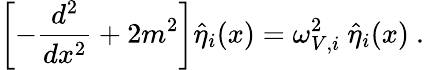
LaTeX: \left[-\frac{d^{2}}{dx^{2}}+2m^{2}\right]\hat{\eta}_{i}(x)=\omega_{V,i}^{2}~\hat{\eta}_{i}(x)~.